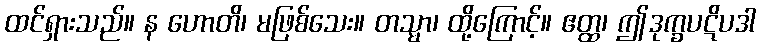
ထင်ရှားသည်။ န ဟောတိ၊ မဖြစ်သေး။ တသ္မာ၊ ထို့ကြောင့်။ ဧတ္ထ၊ ဤဒုက္ခပဋိပဒါ